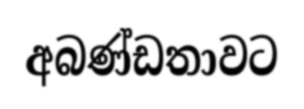
අබණ්ඩතාවට